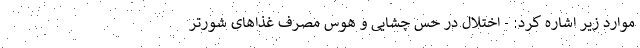
موارد زیر اشاره کرد: - اختلال در حس چشایی و هوس مصرف غذاهای شورتر